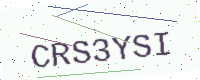
Text: CRS3YSI